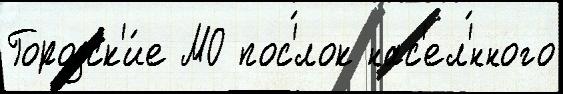
Городск'и́е МО пос'́лок нас'ел'́нного